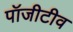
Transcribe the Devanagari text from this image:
पॉजीटीव